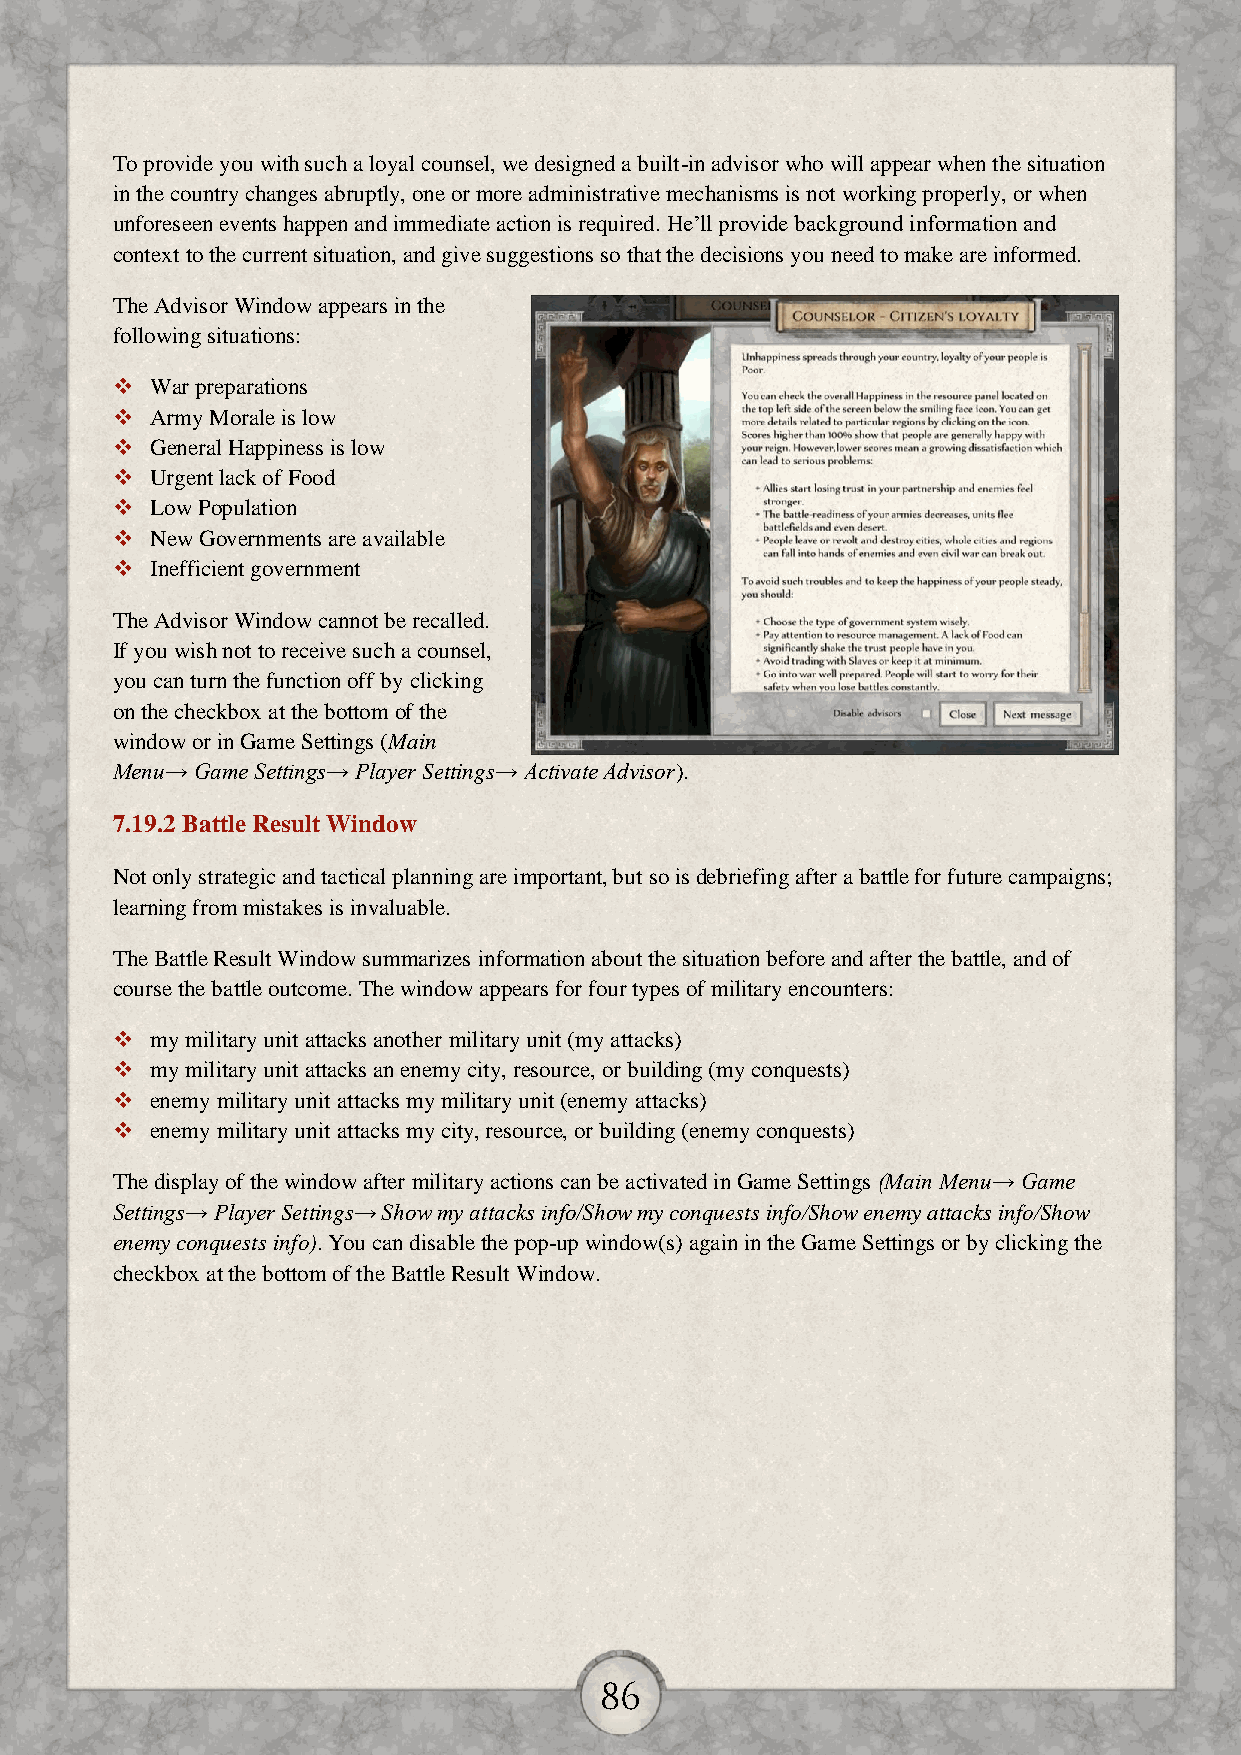
To provide you with such a loyal counsel, we designed a built-in advisor who will appear when the situation
 in the country changes abruptly, one or more administrative mechanisms is not working properly, or when
 unforeseen events happen and immediate action is required. He’ll provide background information and
 context to the current situation, and give suggestions so that the decisions you need to make are informed.
 The Advisor Window appears in the
 following situations:
   War preparations
   Army Morale is low
   General Happiness is low
   Urgent lack of Food
   Low Population
   New Governments are available
   Inefficient government
 The Advisor Window cannot be recalled.
 If you wish not to receive such a counsel,
 you can turn the function off by clicking
 on the checkbox at the bottom of the
 window or in Game Settings (Main
 Menu→ Game Settings→ Player Settings→ Activate Advisor).
 7.19.2 Battle Result Window
 Not only strategic and tactical planning are important, but so is debriefing after a battle for future campaigns;
 learning from mistakes is invaluable.
 The Battle Result Window summarizes information about the situation before and after the battle, and of
 course the battle outcome. The window appears for four types of military encounters:
   my military unit attacks another military unit (my attacks)
   my military unit attacks an enemy city, resource, or building (my conquests)
   enemy military unit attacks my military unit (enemy attacks)
   enemy military unit attacks my city, resource, or building (enemy conquests)
 The display of the window after military actions can be activated in Game Settings (Main Menu→ Game
 Settings→ Player Settings→ Show my attacks info/Show my conquests info/Show enemy attacks info/Show
 enemy conquests info). You can disable the pop-up window(s) again in the Game Settings or by clicking the
 checkbox at the bottom of the Battle Result Window.
 86